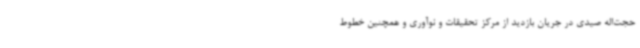
حجت‌اله صیدی در جریان بازدید از مرکز تحقیقات و نوآوری و همچنین خطوط